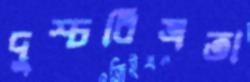
দুশ্চরিত্রতা